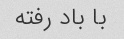
با باد رفته